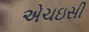
એચઇસી